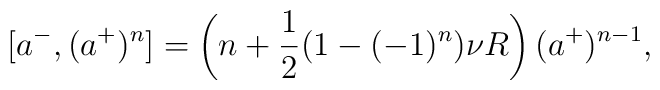
[a^-,(a^+)^n]=\left(n+\frac{1}{2}(1-(-1)^n)\nu R\right)(a^+)^{n-1},